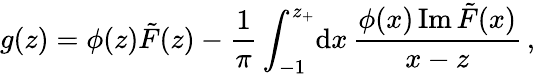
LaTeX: g(z)=\phi(z)\tilde{F}(z)-{\frac{1}{\pi}}\int_{-1}^{z_{+}}\! \mathrm{d}x\, {\frac{\phi(x)\, \mathrm{Im}\, \tilde{F}(x)}{x-z}}\, ,